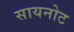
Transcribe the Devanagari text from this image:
सायनोट